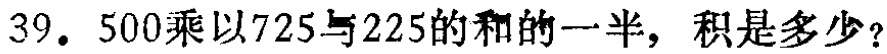
39. \(500\)乘以\(725\)与\(225\)的和的一半，积是多少？